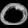
Digit: ၀